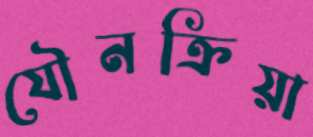
যৌনক্রিয়া